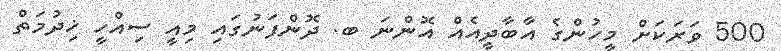
500 ވަރަކަށް މީހުންގެ އާބާދީއެއް އޮންނަ ބ. ދޮންފަނުގައި މިއީ ސިއްހީ ޚިދުމަތް